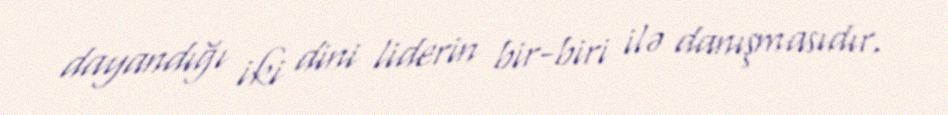
dayandığı iki dini liderin bir-biri ilə danışmasıdır.